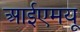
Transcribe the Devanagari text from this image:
आईएमयू